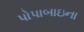
પોપાબાઇના